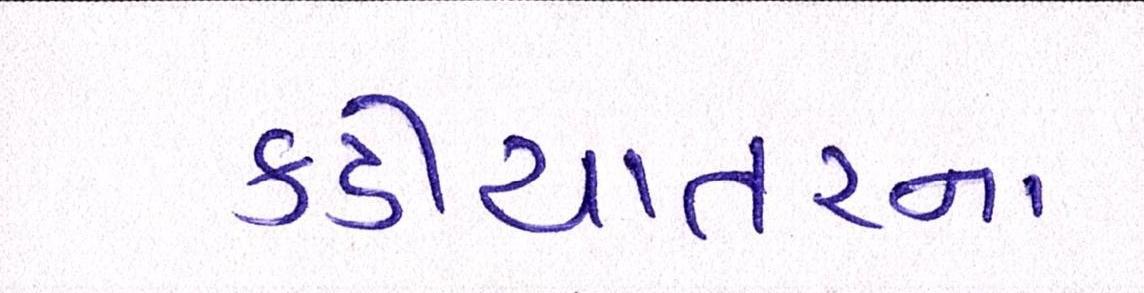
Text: કડીયાતરના